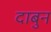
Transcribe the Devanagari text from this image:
दाबुन